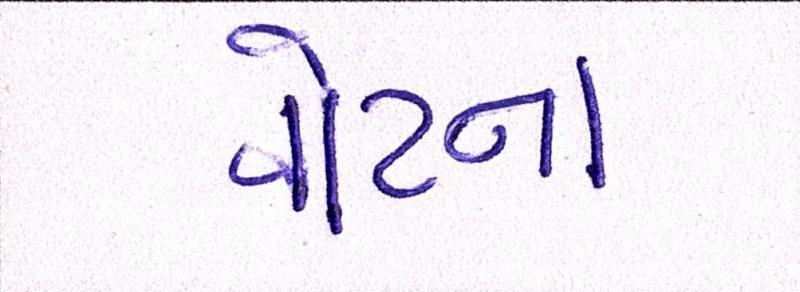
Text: વોટના